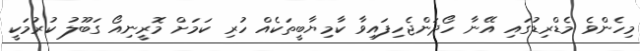
މިހެންވެ މެޑްރިޑުގައި އޭނާ ހޯދަންޖެހިފައިވާ ކާމިޔާބީތަކެއް ހުރި ކަމަށް މޮރީނިއޯ ގަބޫލު ކުރުމަކީ